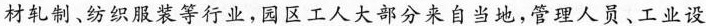
材轧制、纺织服装等行业，园区工人大部分来自当地，管理人员、工业设